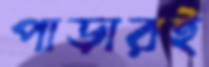
পাড়ারই